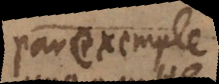
par exemple